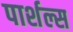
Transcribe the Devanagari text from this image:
पार्शल्स